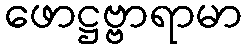
ဖောဋ္ဌဗ္ဗာရာမာ